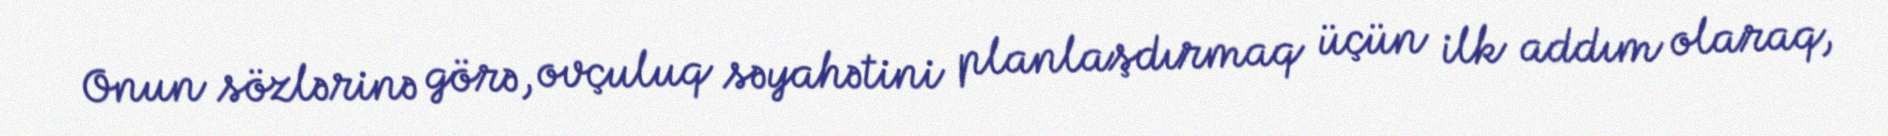
Onun sözlərinə görə, ovçuluq səyahətini planlaşdırmaq üçün ilk addım olaraq,